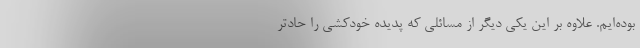
بوده‌ایم. علاوه بر این یکی دیگر از مسائلی که پدیده خودکشی را حادتر